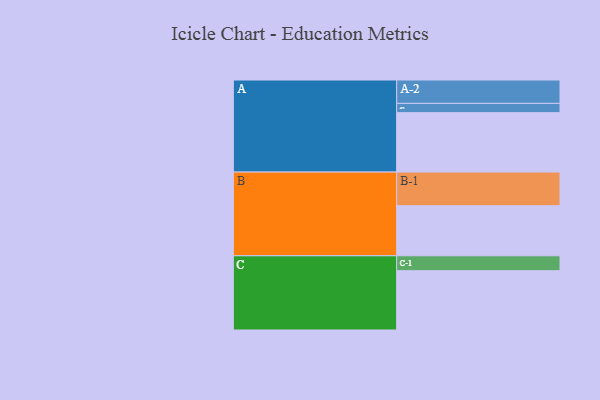
{"axis": {"x": "Segment", "y": "Value"}, "legend": ["", "A", "B", "C"], "data": [{"x": "A", "y": 526, "type": ""}, {"x": "B", "y": 443, "type": ""}, {"x": "C", "y": 525, "type": ""}, {"x": "A-1", "y": 82, "type": "A"}, {"x": "A-2", "y": 207, "type": "A"}, {"x": "B-1", "y": 298, "type": "B"}, {"x": "C-1", "y": 132, "type": "C"}]}